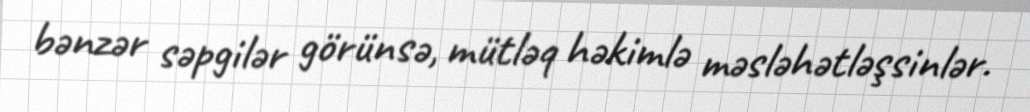
bənzər səpgilər görünsə, mütləq həkimlə məsləhətləşsinlər.